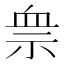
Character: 𱵋